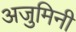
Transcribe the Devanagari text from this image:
अजुमिनी